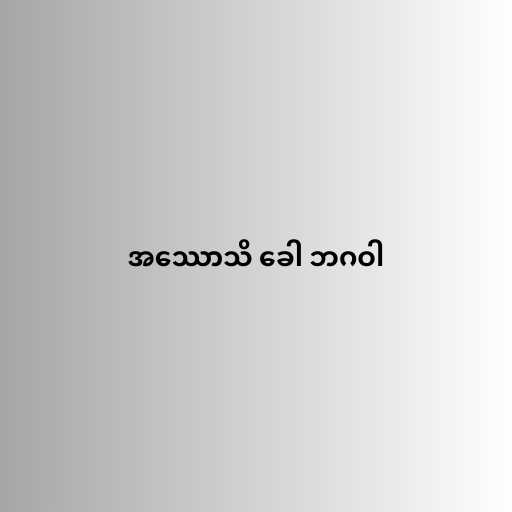
အဿောသိ ခေါ ဘဂဝါ